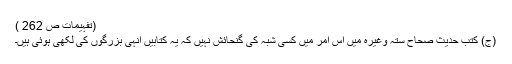
(تفہیمات ص 262 )
(ج) کتبِ حدیث صحاح ستہ وغیرہ میں اس امر میں کسی شبہ کی گنحائش نہیں کہ یہ کتابیں انہی بزرگوں کی لکھی ہوئی ہیں۔